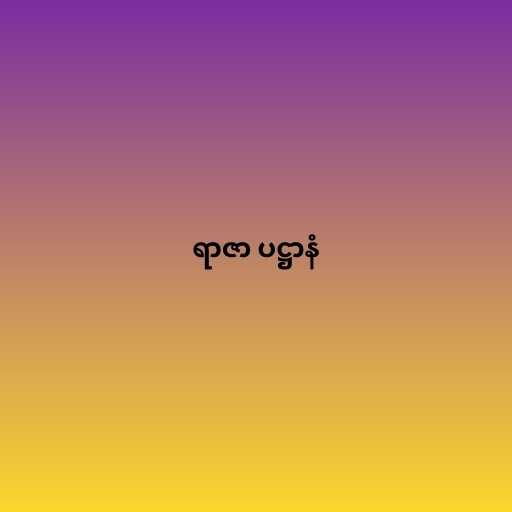
ရာဇာ ပဋ္ဌာနံ